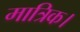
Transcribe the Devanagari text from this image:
मात्रिक।